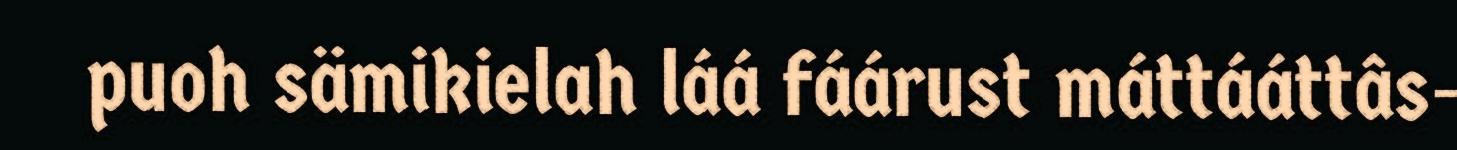
puoh sämikielah láá fáárust máttááttâs-